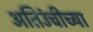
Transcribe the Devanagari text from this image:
अतिउंचीच्या